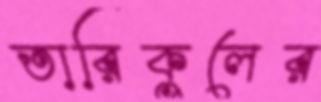
তারিকুলের